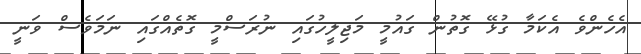
އެހެންވެ އެކަމާ ގުޅޭ ގޮތުން ގައުމީ މަޖިލީހުގައި ނުރަސްމީ ގޮތެއްގައި ނަމަވެސް ވަނީ